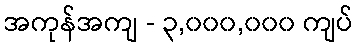
အကုန်အကျ - ၃,၀၀၀,၀၀၀ ကျပ်